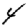
Digit: 4